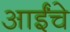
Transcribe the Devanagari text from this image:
आईंचे